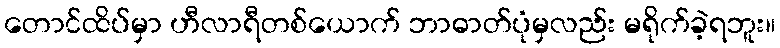
တောင်ထိပ်မှာ ဟီလာရီတစ်ယောက် ဘာဓာတ်ပုံမှလည်း မရိုက်ခဲ့ရဘူး။